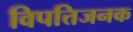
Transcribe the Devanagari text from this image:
विपत्तिजनक